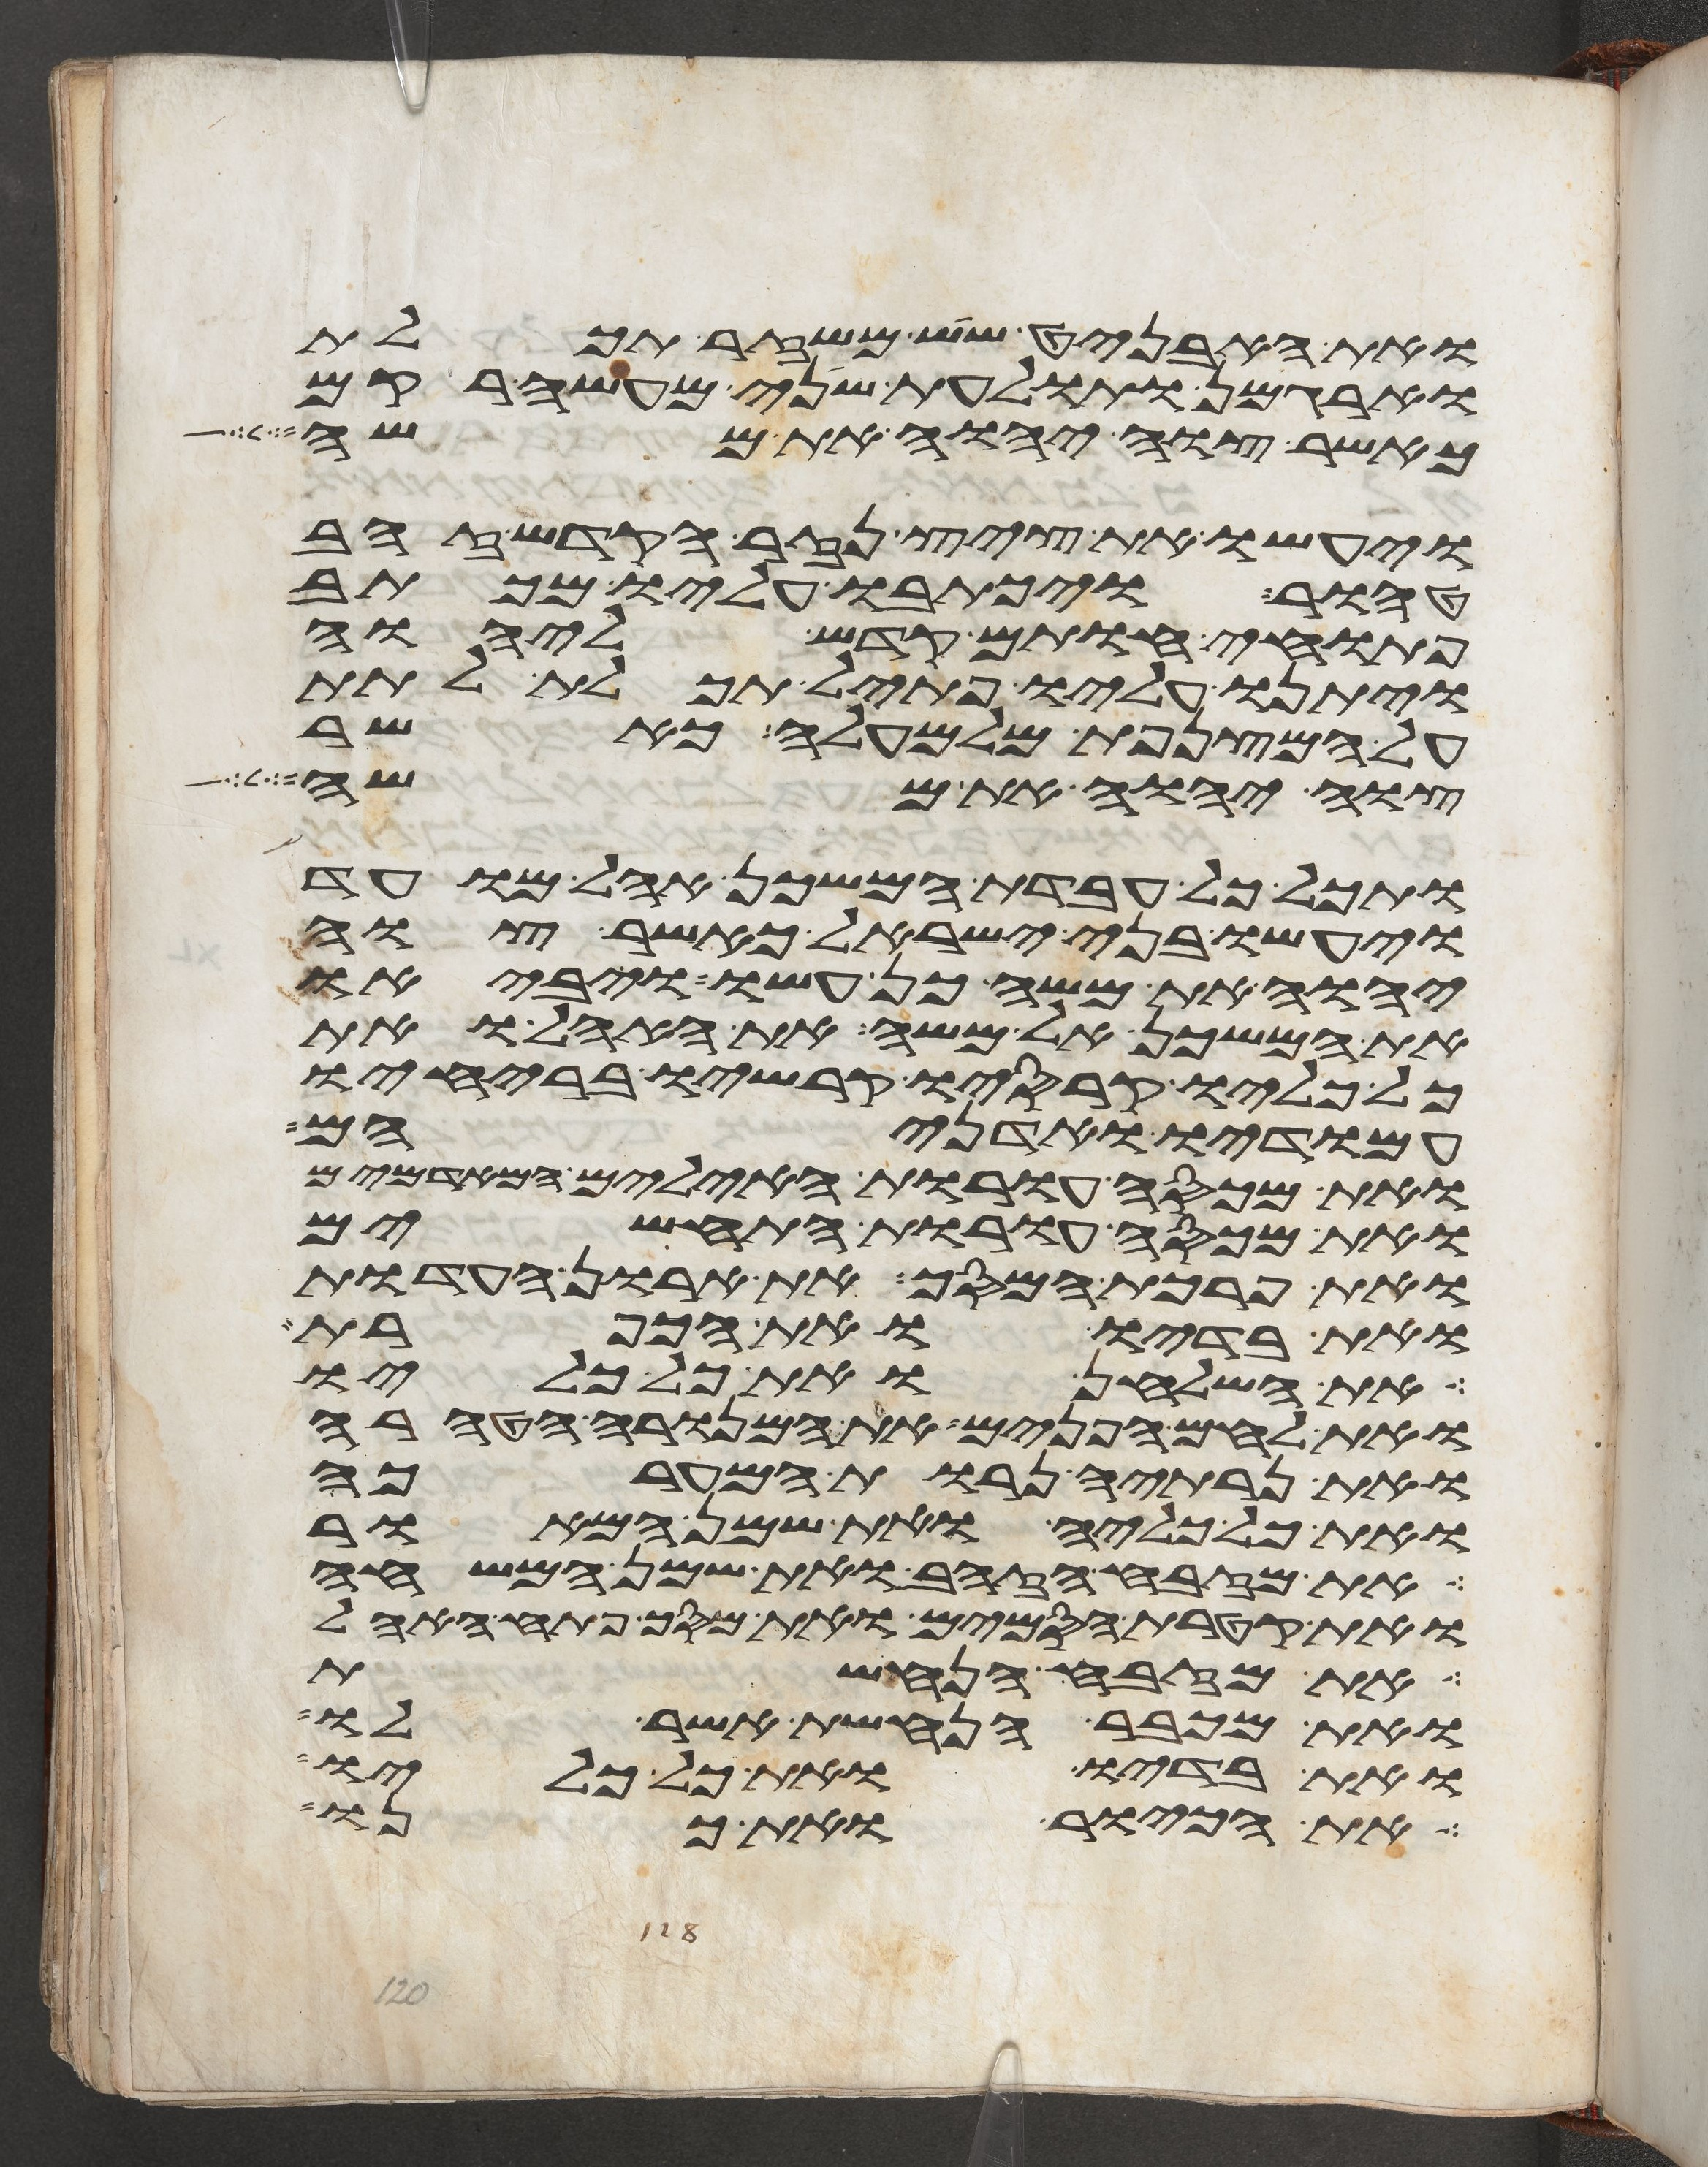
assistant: ואת האבניט שש משזר תכלת
וארגמן ותולעת שני מעשה רקם
כאשר צוה יהוה את משה
ויעשו את ציץ נזר הקדש זהב
טהור ויכתבו עליו מכתב
פתוחי חותם קדש ליהוה
ויתנו עליו פתיל תכלת לתת
על המצנפת מלמעלה כאשר
צוה יהוה את משה
ותכל כל עבדת המשכן אהל מועד
ויעשו בני ישראל כאשר צוה
יהוה את משה כן עשו ויביאו
את המשכן אל משה את האהל ואת
כל כליו קרסיו קרשיו בריחיו
עמודיו ואדניהם
ואת מכסה עורת האילים המאדמים
ואת מכסה עורת התחשים
ואת פרכת המסך את ארון העדות
ואת בדיו ואת הכפרת
את השלחן ואת כל כליו
ואת לחם הפנים את המנורה הטהרה
ואת נרתיה נרות המערכה
ואת כל כליה ואת שמן המאור
את מזבח הזהב ואת שמן המשחה
ואת קטרת הסמים ואת מסך פתח האהל
ואת מזבח הנחשת
ואת מכבר הנחשת אשר לו
ואת בדיו ואת כל כליו
את הכיור ואת כנו